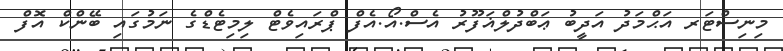
މިނިސްޓަރ އަޙްމަދު އަދީބު ޢަބްދުލްޣަފޫރު އެސް.އޯ.އެފް ޕްރައިވެޓް ލިމިޓެޑްގެ ނަމުގައި ބޭންކް އޮފް